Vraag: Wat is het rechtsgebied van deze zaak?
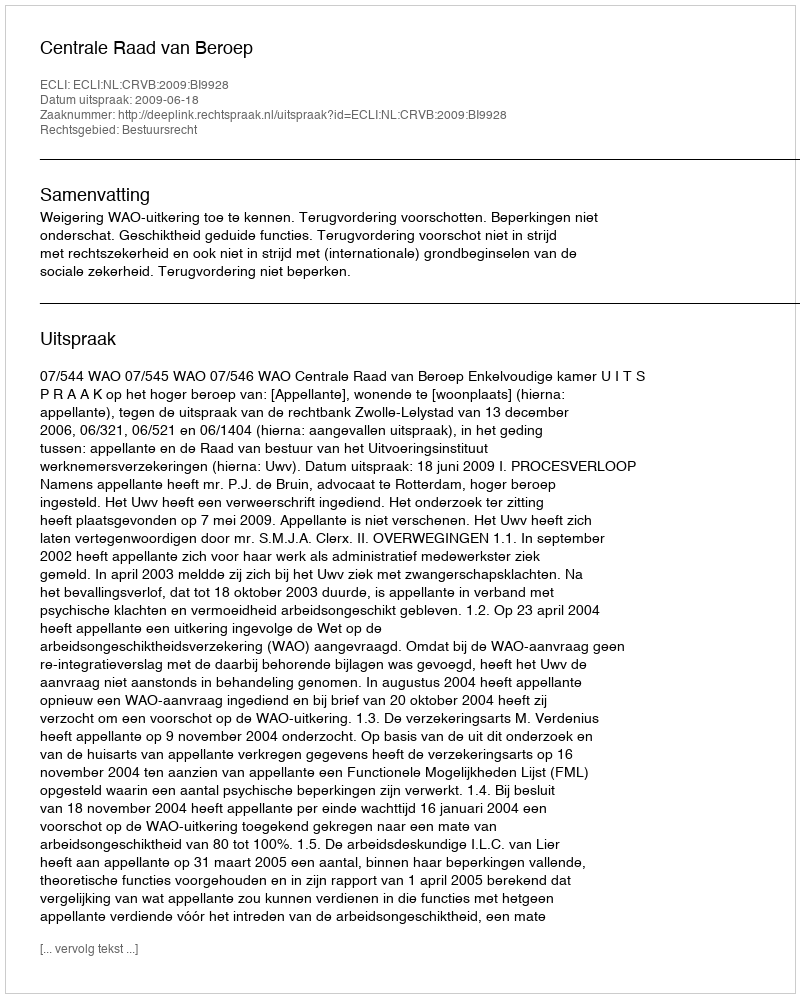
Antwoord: Bestuursrecht